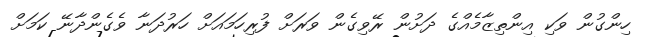
ހިންގުން ވަކި އިންތިޒާމެއްގެ ދަށުން ރޭވިގެން ވަރަށް ފުރިހަމައަށް ހަރުދަނާ ވެގެންދާނޭ ކަމަށް